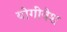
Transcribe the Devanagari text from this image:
योगीवेश